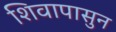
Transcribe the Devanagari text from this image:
शिवापासुन